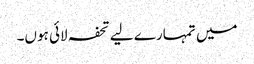
میں تمہارے لیے تحفہ لائی ہوں۔